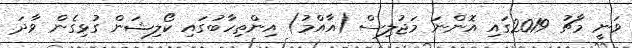
ވަނީ މާޗު 2019ގައި އޮންނަ މަޖުލިސް (އާއްމު) އިންތިހާބުގައި ކޯލިޝަން ގުޅިގެން ވާދަ